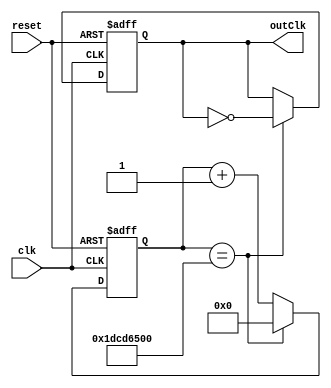
`timescale 1ns / 1ps
//////////////////////////////////////////////////////////////////////////////////
// Company: 
// Engineer: 
// 
// Design Name: 
// Module Name: clock_divider
// Project Name: 
// Target Devices: 
// Tool Versions: 
// Description: 
// 
// Dependencies: 
// 
// Revision:
// Revision 0.01 - File Created
// Additional Comments:
// 
//////////////////////////////////////////////////////////////////////////////////

module clock_divider100MHzToTenthHz(
    input clk,
    input reset,
    output reg outClk
    );
    
    reg [28:0] count;    

    always @(posedge clk, posedge reset) begin
        if (reset) begin
            outClk <= 0;
            count <= 0;
        end else if (count == 29'b11101110011010110010100000000) begin
            outClk <= ~outClk;
            count <= 0;
        end else 
            count <= count + 1'b1;
    end
    
endmodule

module clock_divider100MHzTo1Hz(
    input clk,
    input reset,
    output reg outClk
    );
    
    reg [25:0] count;    

    always @(posedge clk, posedge reset) begin
        if (reset) begin
            outClk <= 0;
            count <= 0;
        end else if (count == 26'b10111110101111000010000000) begin
            outClk <= ~outClk;
            count <= 0;
        end else 
            count <= count + 1'b1;
    end
    
endmodule

module clock_divider100MHzTo1kHz(
    input clk,
    input reset,
    output reg outClk
    );
    
    reg [16:0] count;    

    always @(posedge clk, posedge reset) begin
        if (reset) begin
            outClk <= 0;
            count <= 0;
        end else if (count == 17'b11000011010100000) begin
            outClk <= ~outClk;
            count <= 0;
        end else 
            count <= count + 1'b1;
    end
    
endmodule

module clock_divider100MHzToVarious(
    input clk,
    input reset,
    input [1:0] level,
    output reg outClk
    );
    
    reg [26:0] count;    

    always @(posedge clk, posedge reset) begin
        if (reset) begin
            outClk <= 0;
            count <= 0;
        end else begin
            if (level == 2'b00) begin // easy
                if (count == 27'b101111101011110000100000000) begin
                    outClk <= ~outClk;
                    count <= 0;
                end else 
                    count <= count + 1'b1;
            end else if (level == 2'b01) begin //medium
                if (count == 26'b10111110101111000010000000) begin
                    outClk <= ~outClk;
                    count <= 0;
                end else 
                    count <= count + 1'b1;
            end else if (level == 2'b10) begin //hard
                if (count == 26'b01011111010111100001000000) begin
                    outClk <= ~outClk;
                    count <= 0;
                end else 
                    count <= count + 1'b1;
            end else begin //default to medium
                if (count == 26'b10111110101111000010000000) begin
                    outClk <= ~outClk;
                    count <= 0;
                end else 
                    count <= count + 1'b1;
            end
        end
    end
    
endmodule